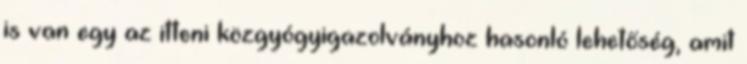
is van egy az itteni közgyógyigazolványhoz hasonló lehetőség, amit